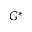
G ^ { * }